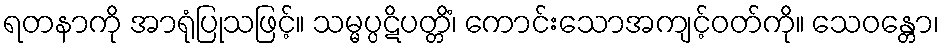
ရတနာကို အာရုံပြုသဖြင့်။ သမ္မပ္ပဋိပတ္တိံ၊ ကောင်းသောအကျင့်ဝတ်ကို။ သေဝန္တော၊